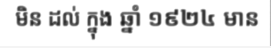
មិន ដល់ ក្នុង ឆ្នាំ ១៩២៤ មាន